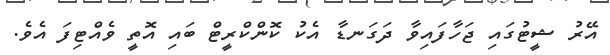
އޭރު ޝީޓުގައި ޖަހާފައިވާ ދަގަނޑާ އެކު ކޮންކްރީޓް ބައި އޮތީ ވެއްޓިފަ އެވެ.